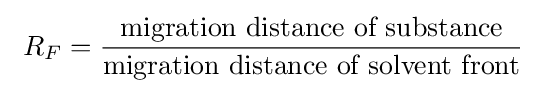
\ R_{F}={\frac {\mbox{migration distance of substance}}{\mbox{migration distance of solvent front}}}